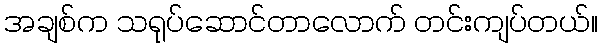
အချစ်က သရုပ်ဆောင်တာလောက် တင်းကျပ်တယ်။